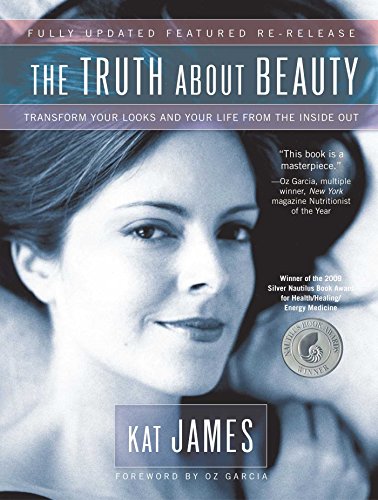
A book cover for The Truth About Beauty: Transform Your Looks And Your Life From The Inside Out; Kat James; Health, Fitness & Dieting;